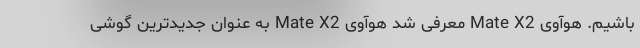
باشیم. هوآوی Mate X2 معرفی شد هوآوی Mate X2 به عنوان جدیدترین گوشی